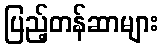
ပြည့်တန်ဆာများ